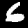
Digit: 6